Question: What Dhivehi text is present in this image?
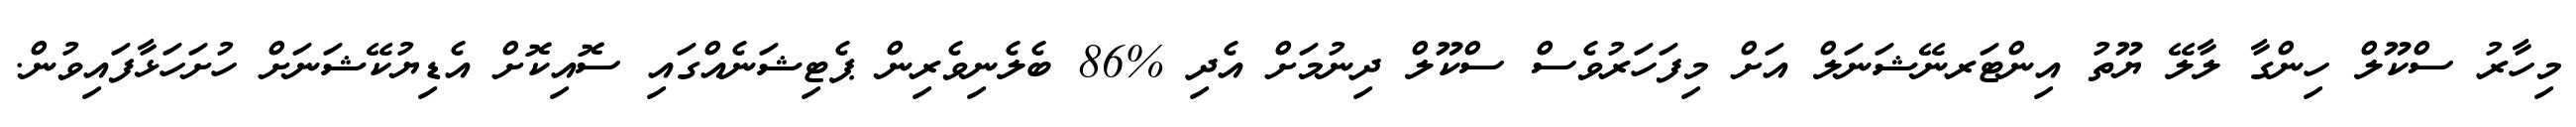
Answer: މިހާރު ސްކޫލް ހިންގާ ލާލޭ ޔޫތު އިންޓަރނޭޝަނަލް އަށް މިފަހަރުވެސް ސްކޫލް ދިނުމަށް އެދި %86 ބެލެނިވެރިން ޕެޓިޝަނެއްގައި ސޮއިކޮށް އެޑިޔުކޭޝަނަށް ހުށަހަޅާފައިވުން.